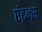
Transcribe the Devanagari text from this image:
एंट्रन्स